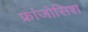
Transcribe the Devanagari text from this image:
फ्रांजोसिश